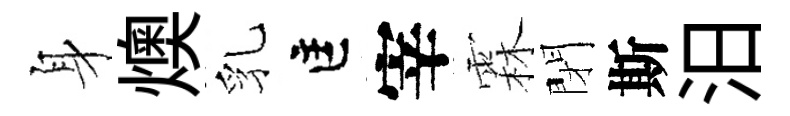
身燠乳匡宰霖閉斯汨